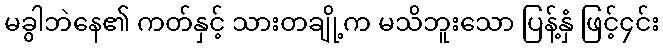
မခွါဘဲနေ၏ ကတ်နှင့် သားတချို့က မသိဘူးသော ပြန့်နှံ ဖြင့်၄င်း